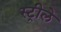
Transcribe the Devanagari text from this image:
स्ट्रीले